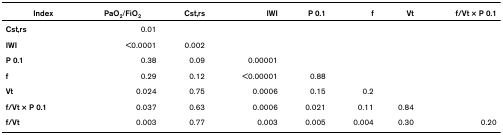
| Index | PaO2/FiO2 | Cst,rs | IWI | P 0.1 | f | Vt | f/Vt × P 0.1 |
 | --- | --- | --- | --- | --- | --- | --- | --- |
 | Cst,rs | 0.01 |  |  |  |  |  |  |
 | IWI | <0.0001 | 0.002 |  |  |  |  |  |
 | P 0.1 | 0.38 | 0.09 | 0.00001 |  |  |  |  |
 | f | 0.29 | 0.12 | <0.00001 | 0.88 |  |  |  |
 | Vt | 0.024 | 0.75 | 0.0006 | 0.15 | 0.2 |  |  |
 | f/Vt × P 0.1 | 0.037 | 0.63 | 0.0006 | 0.021 | 0.11 | 0.84 |  |
 | f/Vt | 0.003 | 0.77 | 0.003 | 0.005 | 0.004 | 0.30 | 0.20 |